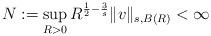
LaTeX: \begin{align*}N:=\sup\limits_{R>0} R^{\frac 12-\frac 3s}\|v\|_{s,B(R)}<\infty\end{align*}